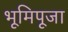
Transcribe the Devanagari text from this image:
भूमिपूजा